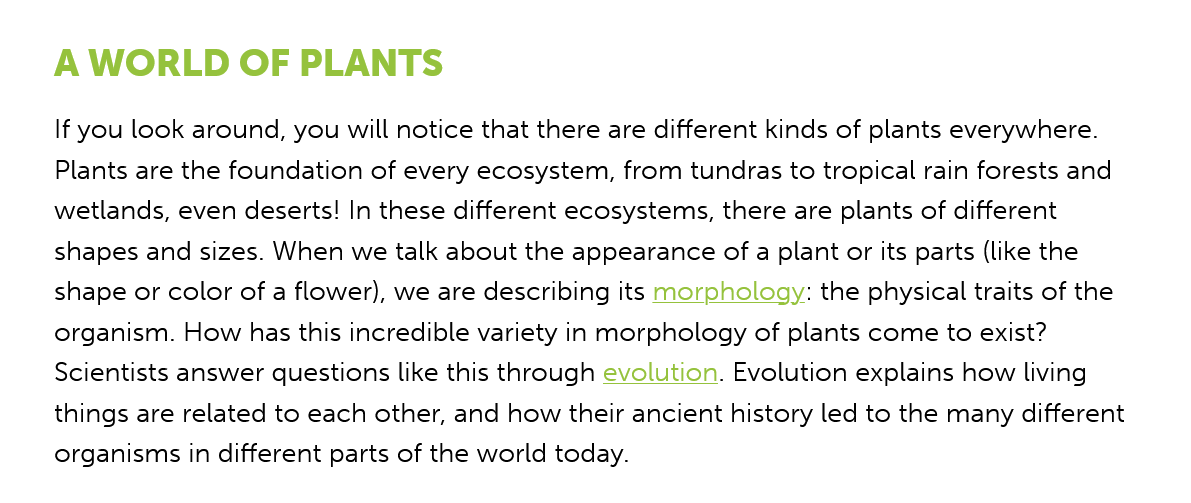
A  WORLD    OF    PLANTS
     If you look around, you will notice that there are different kinds of plants everywhere.
     Plants are the foundation of every ecosystem, from tundras to tropical rain forests and
     wetlands, even deserts! In these different ecosystems, there are plants of different
     shapes and sizes. When we talk about the appearance of a plant or its parts (like the
     shape or color of a flower), we are describing its morphology: the physical traits of the
     organism. How has this incredible variety in morphology of plants come to exist?
     Scientists answer questions like this through evolution. Evolution explains how living
     things are related to each other, and how their ancient history led to the many different
     organisms in different parts of the world today.